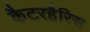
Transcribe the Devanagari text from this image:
कैटरहैरिस